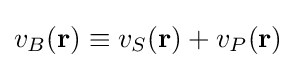
v_{B}(\mathbf {r} )\equiv v_{S}(\mathbf {r} )+v_{P}(\mathbf {r} )